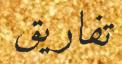
تفاريق